Civil Veterinary Department Bengal reports 1933-51 - 1933-1951
Year: 1933
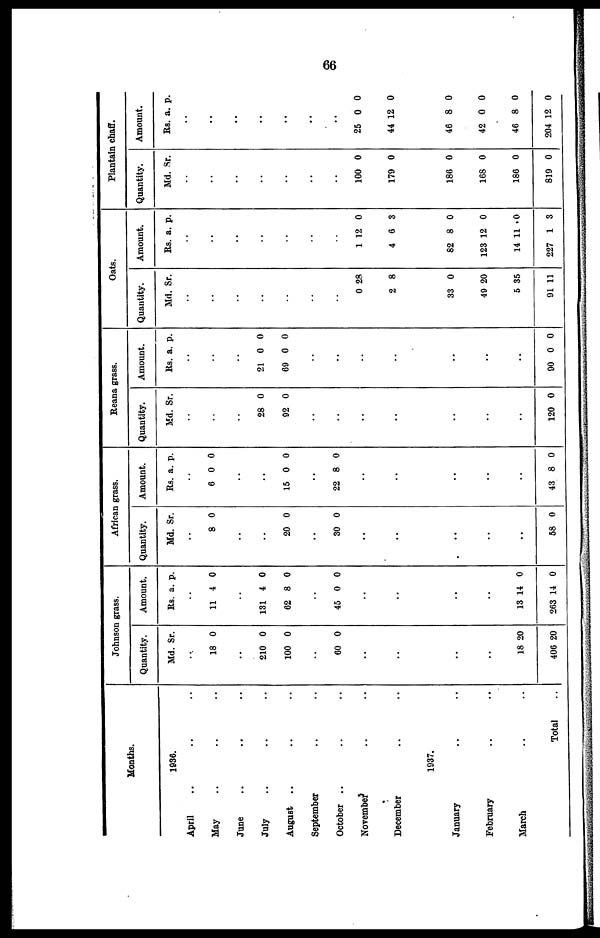
66
Months.
1936.
April
May
June
July
August
..
September
October
November
December
1937.
January
February
March
Total
Johnson grass.
Quantity.
Md.
18
210
100
60
18
406
Sr.
0
0
0
0
20
20
Amount.
Rs
11
131
62
45
13
263
a.
4
4
8
0
14
14
p.
0
0
0
0
0
0
African grass.
Quantity.
Md.
..
8
20
30
..
..
. ..
..
58
Sr.
0
0
0
0
Amount.
Rs
6
15
22
43
a.
0
0
8
8
p.
0
0
0
0
Reana grass.
Quantity.
Md.
28
92
..
120
Sr.
0
0
0
Amount.
Rs
21
69
90
a.
0
0
0
p.
0
0
0
Oats.
Quantity.
Md.
0
2
33
49
5
91
Sr.
28
8
0
20
35
11
Amount.
Rs
1
4
82
123
14
227
a.
12
6
8
12
11
1
p.
0
3
0
0
0
3
Plantain chaff.
Quantity.
Md.
100
179
186
168
186
819
Sr.
0
0
0
0
0
0
Amount.
Rs
25
44
46
42
46
204
a.
0
12
8
0
8
12
p.
0
0
0
0
0
0